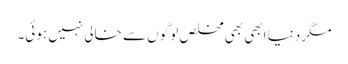
مگر دنیا ابھی بھی مخلص لوگوں سے خالی نہیں ہوئی۔